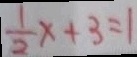
\frac { 1 } { 2 } x + 3 = 1